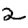
Digit: 2